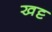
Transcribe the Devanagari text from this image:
खट्ट